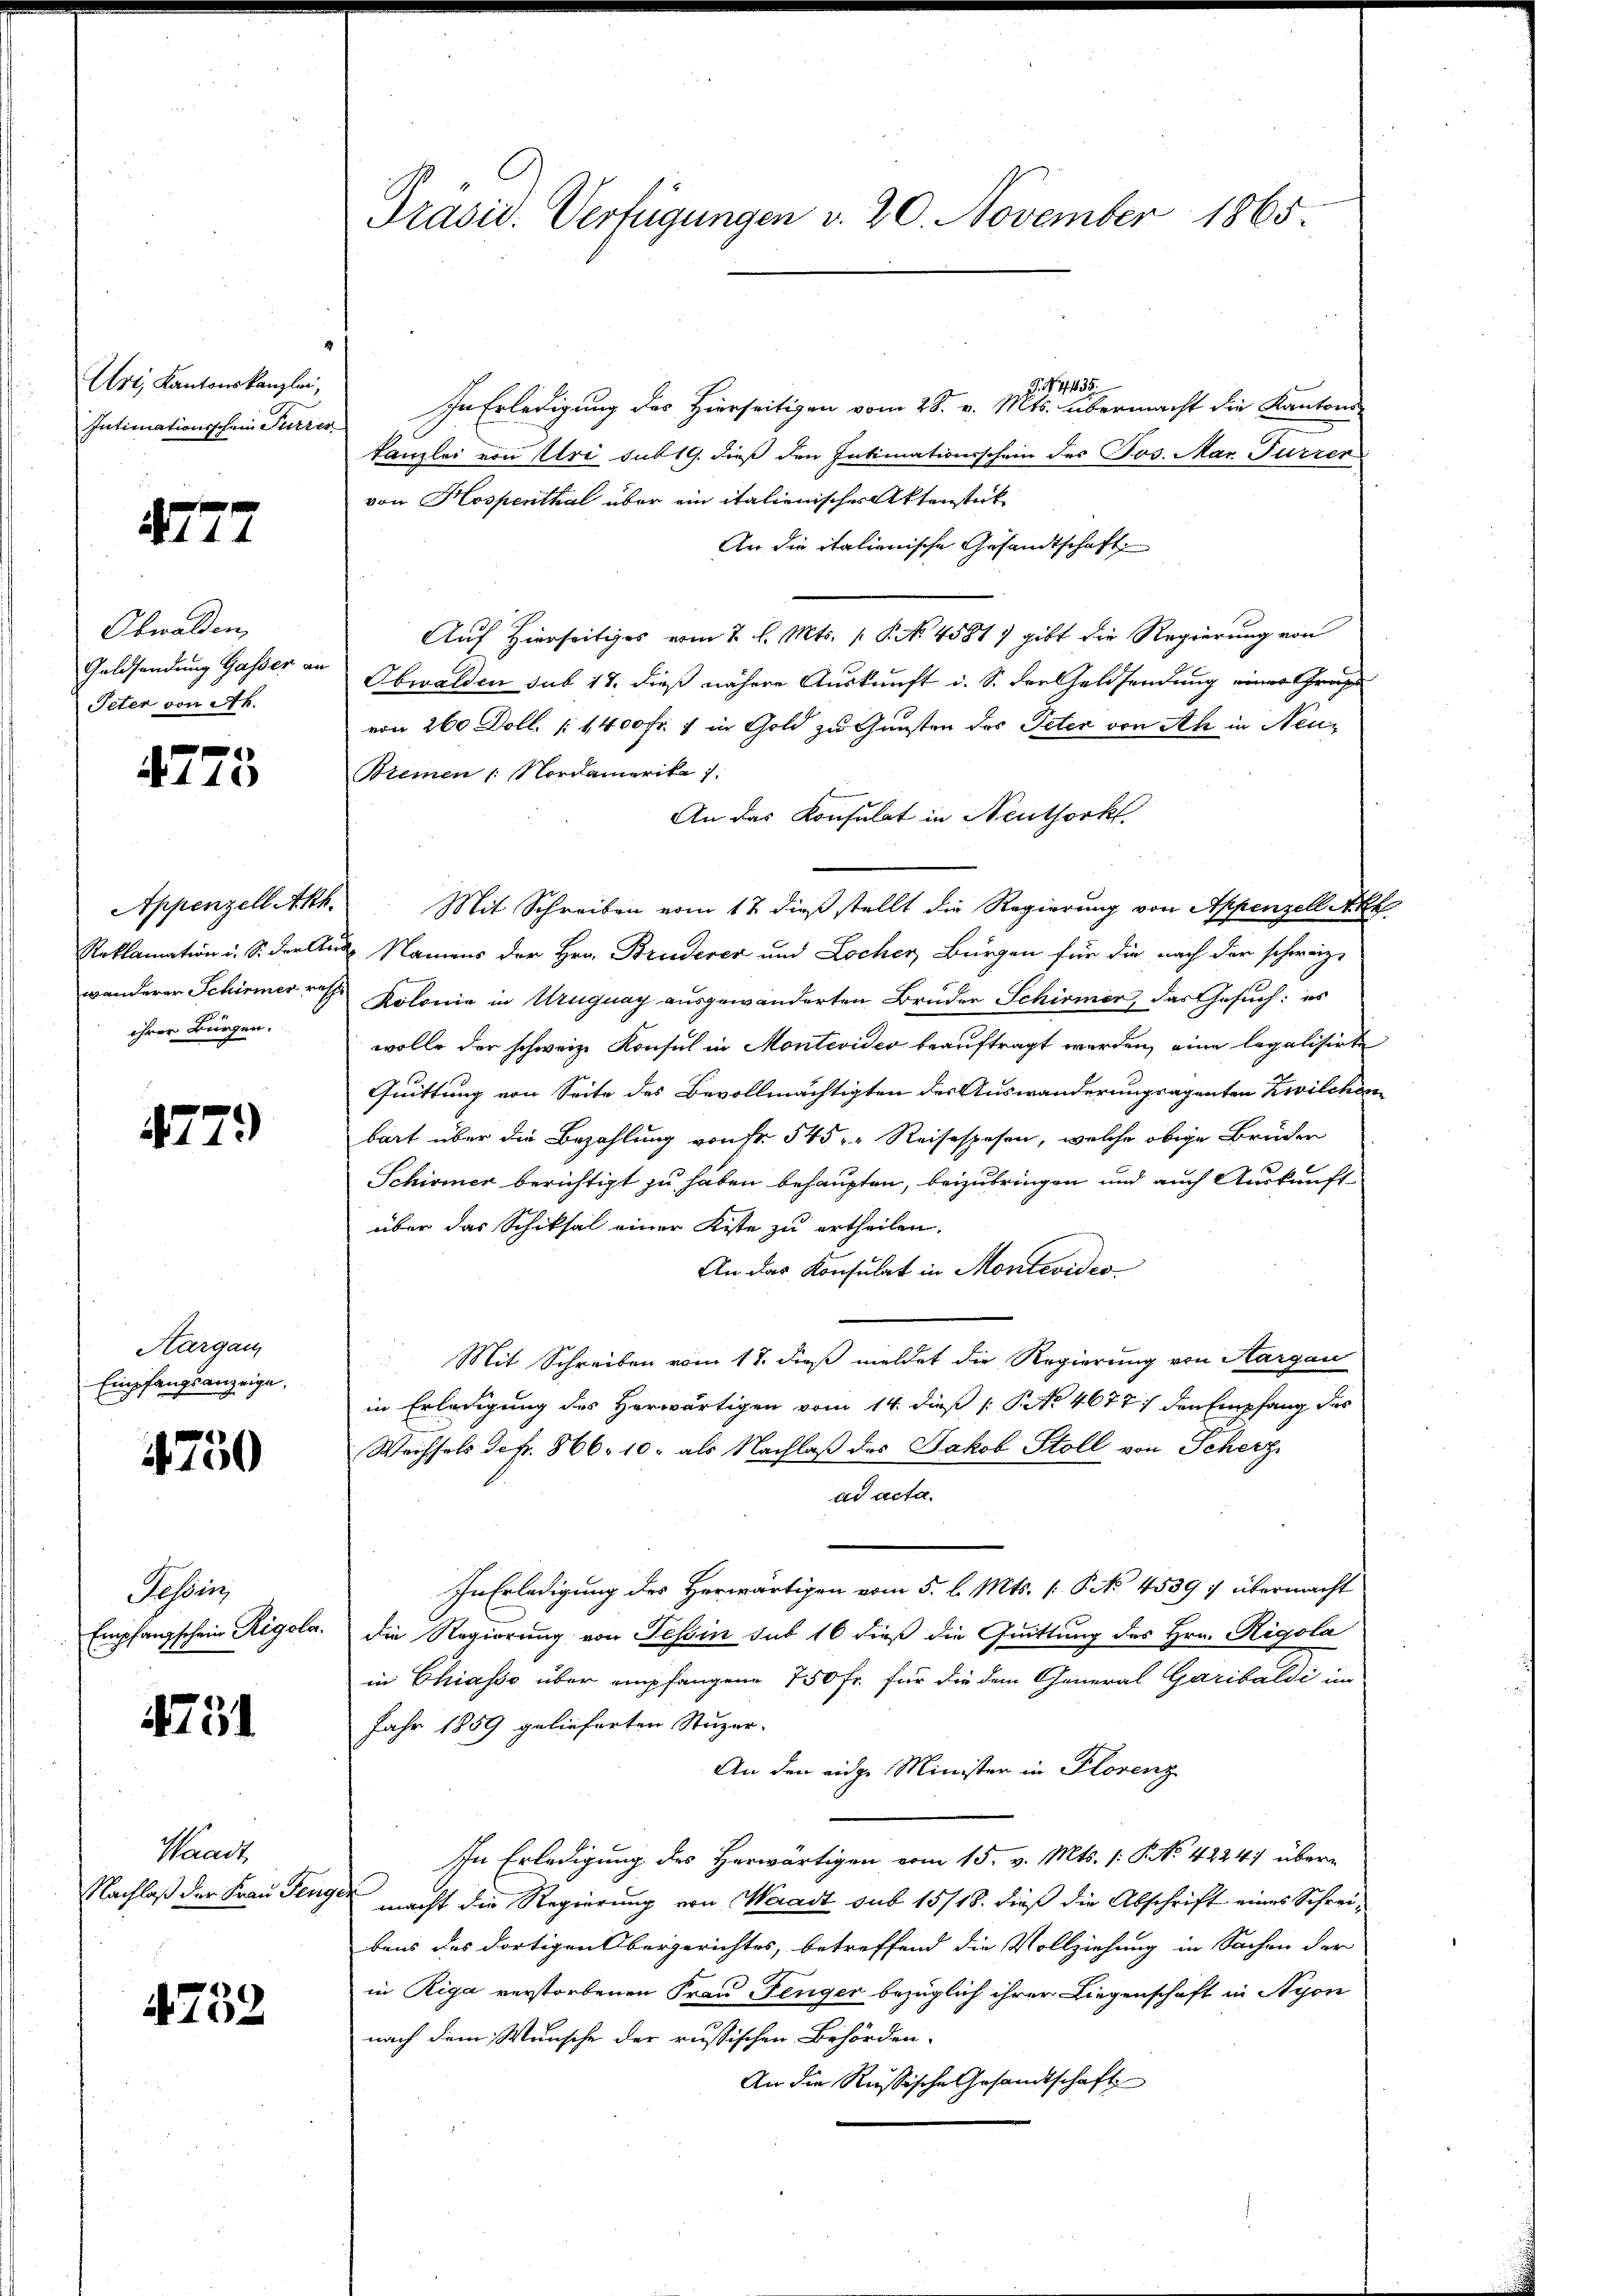
Uri, Kantonskanzlei,
Intimationsschein Turzes

4777

Obwalden
Goldsendung Gasser an
Peter von 24.

4775

Appenzell Akh.
Reklamation i. S. der A
wanderer Schirmer resp.
ihrer Bürgen.

4779

Aargau
Empfangsanzeige.

4750

oseris
Empfangschein Rigola.

4731

Waadt,
Nachlaß der Frau Fenz

4732

Präsid. Verfügungen v. 20 November 1865.

G. N. 11635.
In Erledigung des Hierseitigen vom 28. v. Mts. übermacht die Kantons-
Kanzlei von Uri sub 19. dieß den Intimationsschein des Jos. Mar. Furrer
von Hospenthal über ein italienischer Aktenstück
An die italienische Gesandtschaft
Auf Hierseitiges vom 2. l. Mts. 1. P. No 4581) gibt die Regierung von
Obwalden sub 17. dieß nähere Auskunft i. S. der Geldsendung einer Grafe
von 260 Doll. (1400 Fr. 1 in Gold zu Gunsten des Peter von Ah in Neu¬
Bremen 1. Nordamerika /
An das Konsulat in Neuthork
Mit Schreiben vom 12. dieß stellt die Regierung von Appenzell Akk
 Namens der Hrn. Bruderer und Locher, Bürgen für die nach der schweiz.
Kolonie in Uruguay ausgewänderten Brüder Schirmer, das Gesuch: es
wolle der schweiz. Konsul in Montevideo beauftragt werden, eine legalisirte
Quittung von Seite des Bevollmächtigten des Auswanderungsagenten Zwilchen
bart über die Bezahlung von Fr. 545 u. Reisespesen, welche obige Bruden
Schirmer berichtigt zu haben behaupten, beizubringen und auch Auskunftüber das Schiksal einer Kiste zu ertheilen.
An das Konsulat in Montevideo
Mit Schreiben vom 17. dieß meldet die Regierung von Sargan
in Erledigung des Horwärtigen vom 14. dieß P. Nr. 4677) den Empfang des
Wechsels defr. 866. 10. als Nachlaß des Jakob Stoll von Scherz
ad acta.
In Erledigung des Herwärtigen vom 5. l. Mts. [PNo. 4539: übermacht
die Regierung von Tessin sub 16 dieß die Quittung des Hrn. Rigola
in Chiasso über empfangene 750 Fr. für die dem General Garibaldi im
Jahr 1859 gelieferten Stuzer-
An den eidge Minister in Plorenz
In Erledigung des Herwärtigen vom 15. v. Mts. (: P. Nr. 4224) übere
 macht die Regierung von Wiradt sub 15/18. dieß die Abschrift eines Schreibens des dortigen Obergerichtes, betreffend die Vollziehung in Sachen der
in Riga verstorbenen Frau Fenger bezüglich ihrer Liegenschaft in Nyon
nach dem Wunsche der russischen Behörden.
An die Russische Gesandtschaft